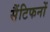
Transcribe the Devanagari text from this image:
सैंटिफनों